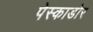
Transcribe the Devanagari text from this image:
पेस्काडोर